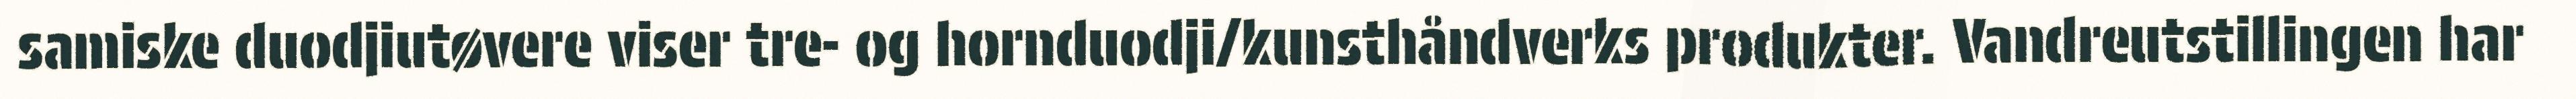
samiske duodjiutøvere viser tre- og hornduodji/kunsthåndverks produkter. Vandreutstillingen har